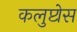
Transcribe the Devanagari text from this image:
कलुप्टोस